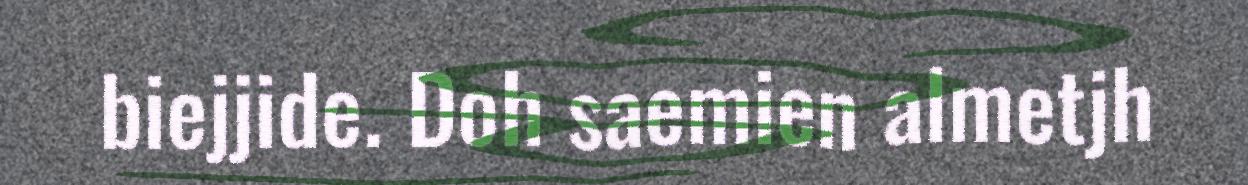
biejjide. Doh saemien almetjh